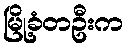
မြို့ခံတဦးက